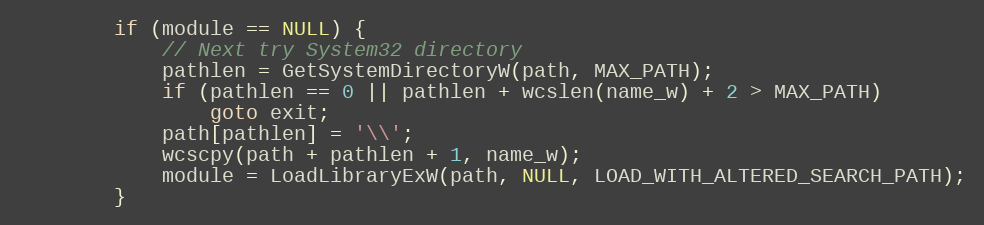
Language: C
        if (module == NULL) {
            // Next try System32 directory
            pathlen = GetSystemDirectoryW(path, MAX_PATH);
            if (pathlen == 0 || pathlen + wcslen(name_w) + 2 > MAX_PATH)
                goto exit;
            path[pathlen] = '\\';
            wcscpy(path + pathlen + 1, name_w);
            module = LoadLibraryExW(path, NULL, LOAD_WITH_ALTERED_SEARCH_PATH);
        }